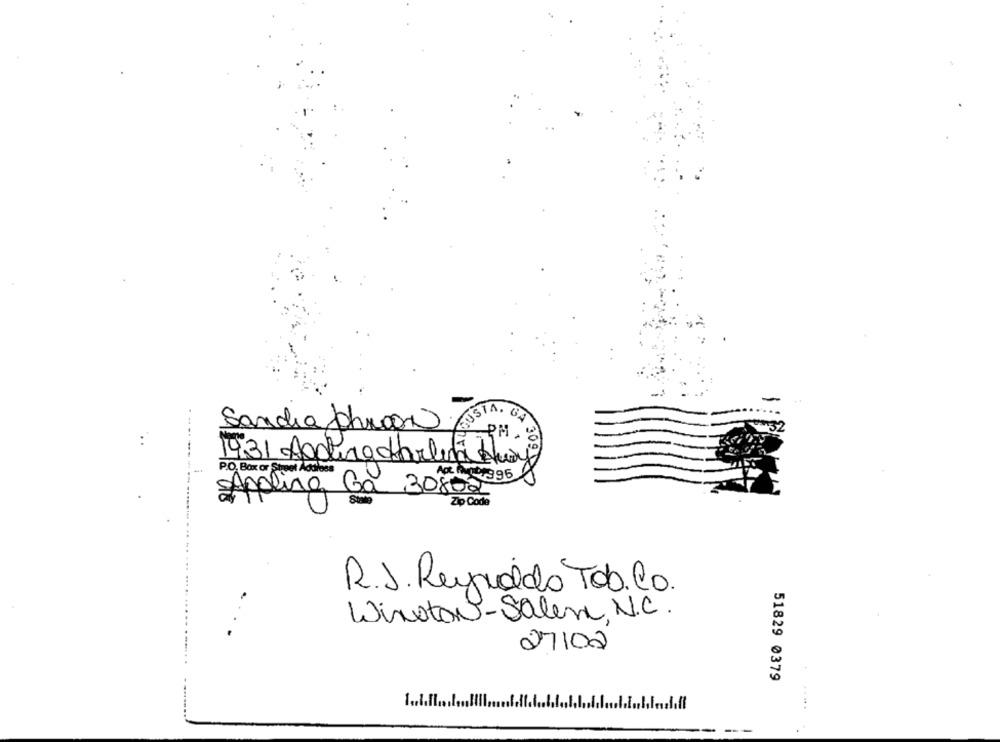
. ...
Sandia Chron,
PH.
1431 Agdera darleni Aux
P.O. Box or Street Address
Applina Ga 30802
Zip Code
R.J. Reynaldo Tob. Co.
Winston-Salem, N.C.
27102
51829 0379
1 .. 1